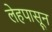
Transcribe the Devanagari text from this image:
लेहपासून